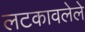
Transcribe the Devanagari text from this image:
लटकावलेले